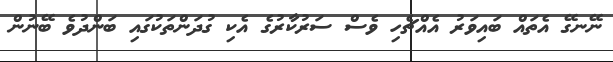
ނޭނގޭ އެތައް ބައިވަރު އެއްޗެހި ވެސް ސަރުކާރުގެ އެކި ގުދަންތަކުގައި ބަންދުވެ ބޭނުން